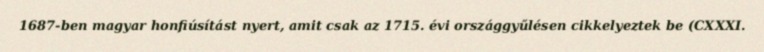
1687-ben magyar honfiúsítást nyert, amit csak az 1715. évi országgyűlésen cikkelyeztek be (CXXXI.